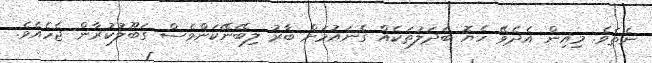
ނެތެވެ. މިއިން އެދެވޭ ހެޔޮ ބަދަލުތަކެއް ގެނައުމަށް ބާރު ލިބޭނޭކަންވެސް ގަބޫލުކުރާން ޖެހެއެވެ.